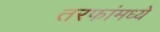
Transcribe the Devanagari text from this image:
तरफांमध्ये